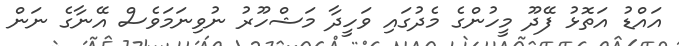
އައްޑު އަތޮޅު ފޭދޫ މީހުންގެ މެދުގައި ވަހީދާ މަޝްހޫރު ނުވިނަމަވެސް އޭނާގެ ނަން